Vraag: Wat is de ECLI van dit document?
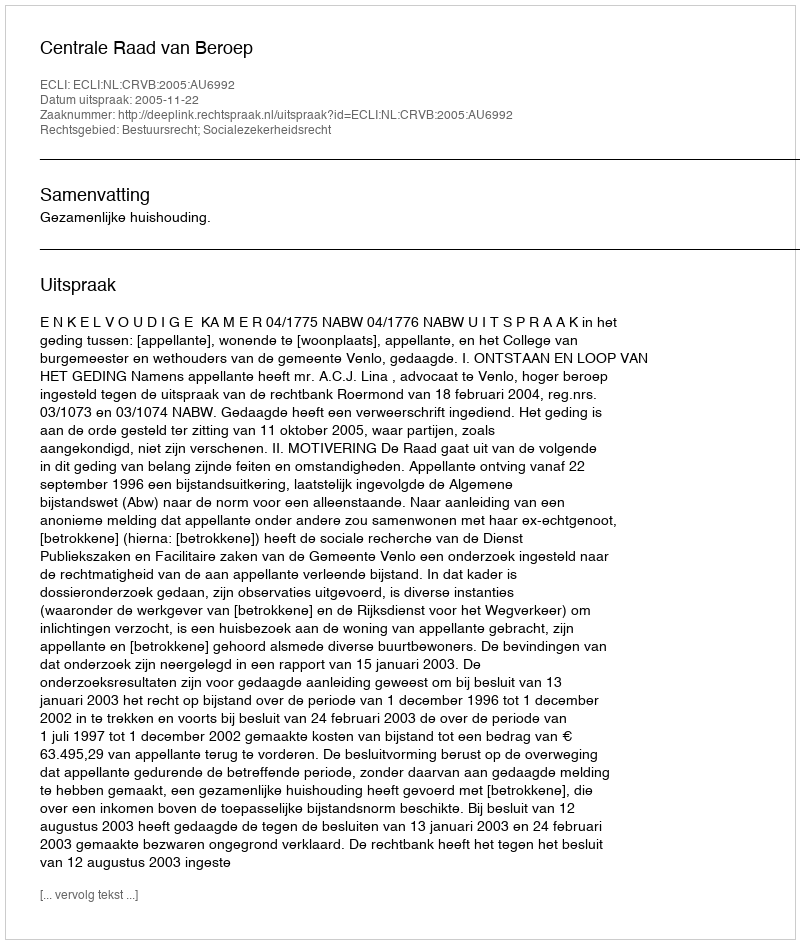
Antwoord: ECLI:NL:CRVB:2005:AU6992